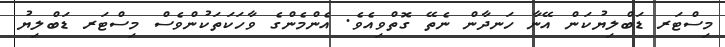
މިސްޓަރ ޑަބްލިޔުކަން އޭނާ ހަނދާން ނެތޭ ގޮތްވިއެވެ. އެންމެންގެ ވާހަކަތަކުންވެސް މިސްޓަރ ޑަބްލިޔު